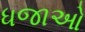
ધજાઓ